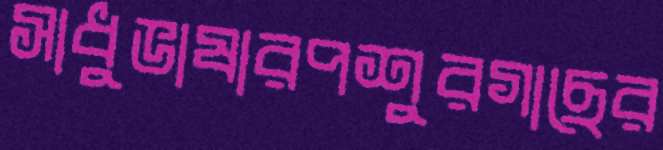
সাধুভাষারপশুরগাছের